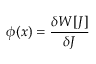
\phi ( x ) = { \frac { \delta W [ J ] } { \delta J } }